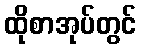
ထိုစာအုပ်တွင်